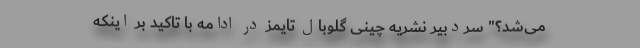
می‌شد؟" سردبیر نشریه چینی گلوبال تایمز در ادامه با تاکید بر اینکه